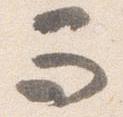
而